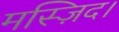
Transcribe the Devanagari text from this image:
मस्ज़िद।